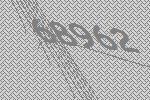
68962